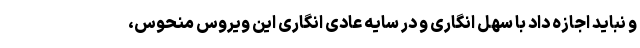
و نباید اجازه داد با سهل انگاری و در سایه عادی انگاری این ویروس منحوس،